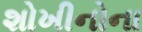
શોખીનોના